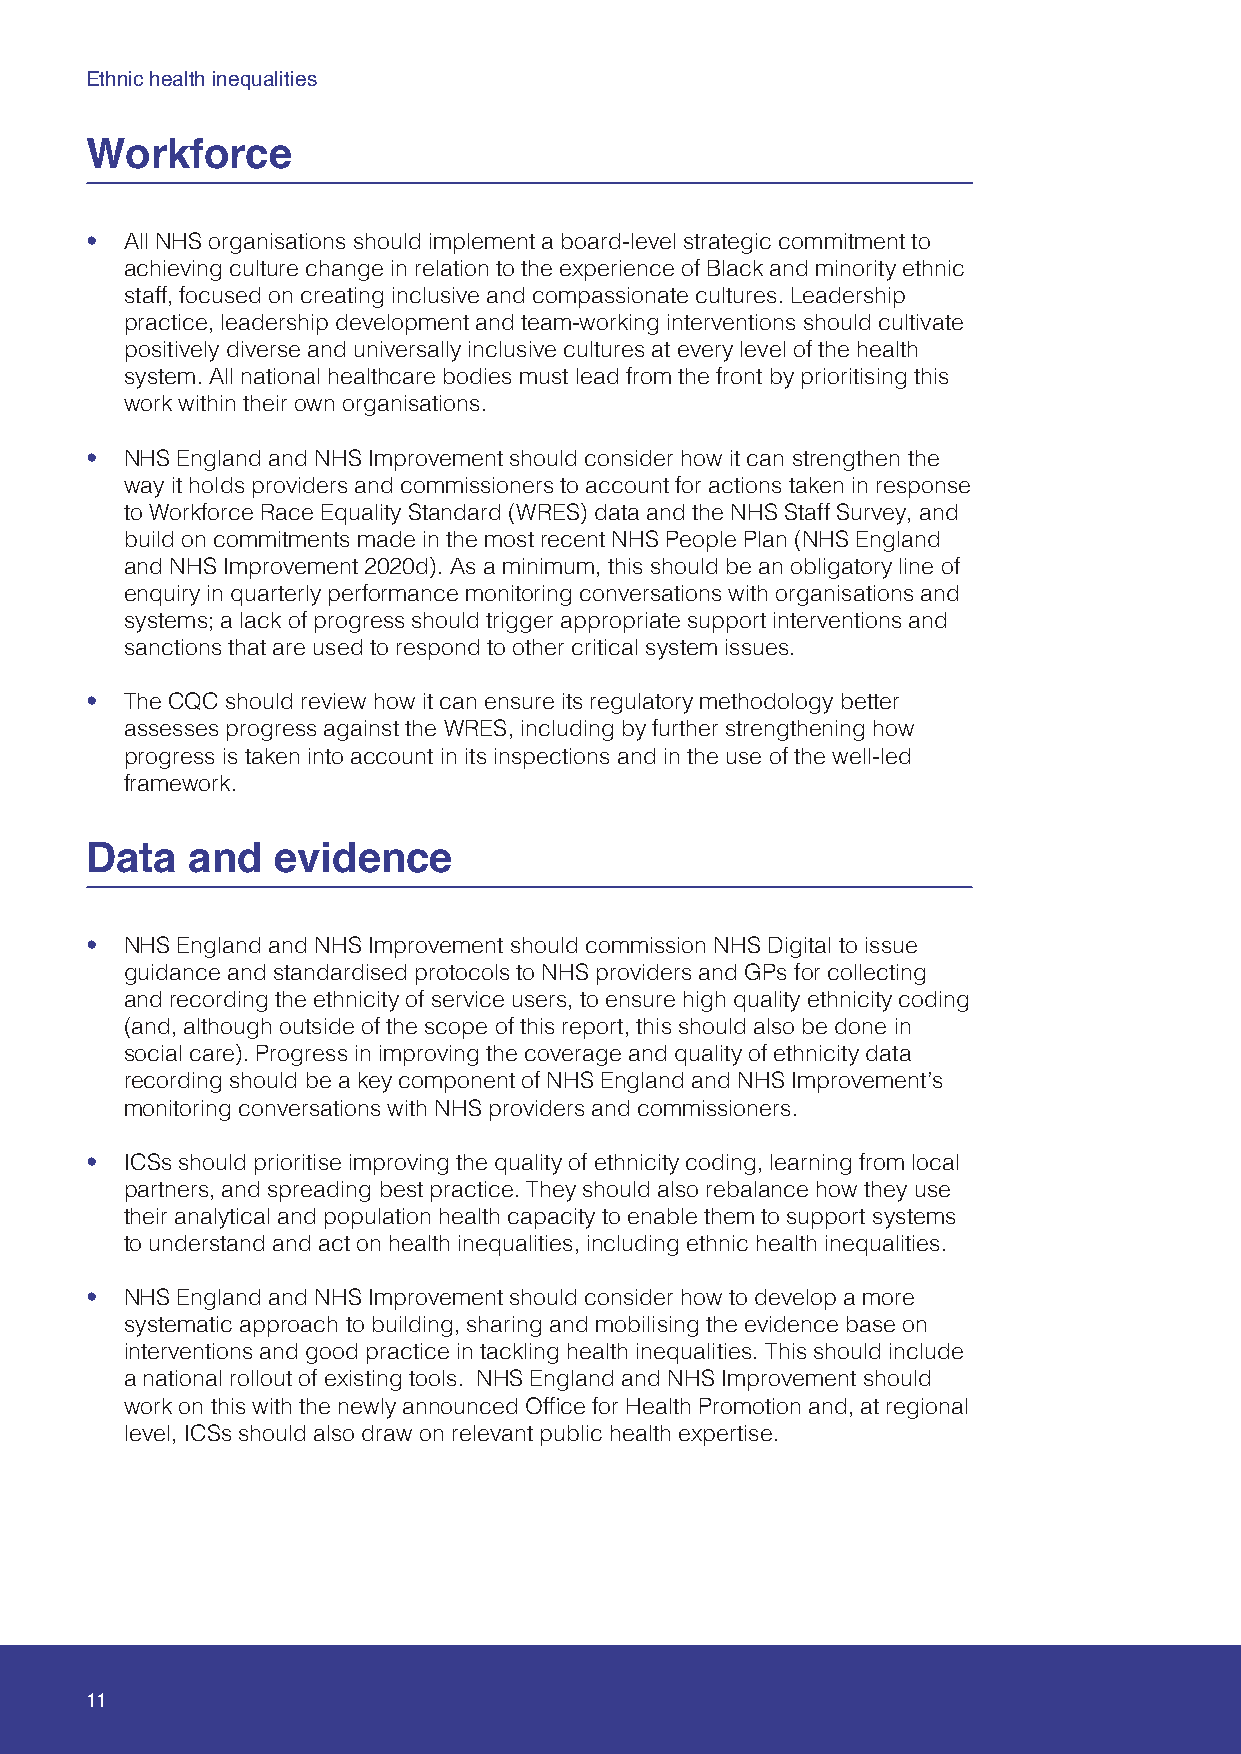
Ethnic health inequalities
 Workforce
 • All NHS organisations should implement a board-level strategic commitment to
 achieving culture change in relation to the experience of Black and minority ethnic
 staff, focused on creating inclusive and compassionate cultures. Leadership
 practice, leadership development and team-working interventions should cultivate
 positively diverse and universally inclusive cultures at every level of the health
 system. All national healthcare bodies must lead from the front by prioritising this
 work within their own organisations.
 • NHS England and NHS Improvement should consider how it can strengthen the
 way it holds providers and commissioners to account for actions taken in response
 to Workforce Race Equality Standard (WRES) data and the NHS Staff Survey, and
 build on commitments made in the most recent NHS People Plan (NHS England
 and NHS Improvement 2020d). As a minimum, this should be an obligatory line of
 enquiry in quarterly performance monitoring conversations with organisations and
 systems; a lack of progress should trigger appropriate support interventions and
 sanctions that are used to respond to other critical system issues.
 • The CQC should review how it can ensure its regulatory methodology better
 assesses progress against the WRES, including by further strengthening how
 progress is taken into account in its inspections and in the use of the well-led
 framework.
 Data  and   evidence
 • NHS England and NHS Improvement should commission NHS Digital to issue
 guidance and standardised protocols to NHS providers and GPs for collecting
 and recording the ethnicity of service users, to ensure high quality ethnicity coding
 (and, although outside of the scope of this report, this should also be done in
 social care). Progress in improving the coverage and quality of ethnicity data
 recording should be a key component of NHS England and NHS Improvement’s
 monitoring conversations with NHS providers and commissioners.
 • ICSs should prioritise improving the quality of ethnicity coding, learning from local
 partners, and spreading best practice. They should also rebalance how they use
 their analytical and population health capacity to enable them to support systems
 to understand and act on health inequalities, including ethnic health inequalities.
 • NHS England and NHS Improvement should consider how to develop a more
 systematic approach to building, sharing and mobilising the evidence base on
 interventions and good practice in tackling health inequalities. This should include
 a national rollout of existing tools. NHS England and NHS Improvement should
 work on this with the newly announced Office for Health Promotion and, at regional
 level, ICSs should also draw on relevant public health expertise.
 11